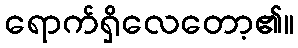
ရောက်ရှိလေတော့၏။